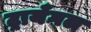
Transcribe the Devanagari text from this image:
ट्रायँगल